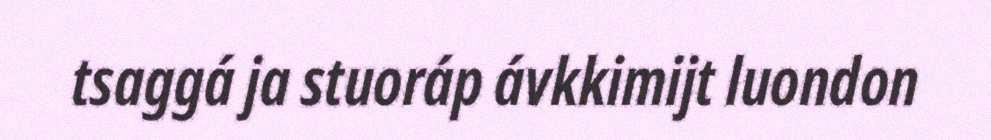
tsaggá ja stuoráp ávkkimijt luondon